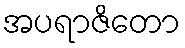
အပရာဇိတော